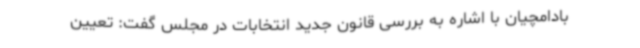
بادامچیان با اشاره به بررسی قانون جدید انتخابات در مجلس گفت: تعیین